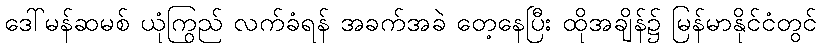
ဒေါ်မန်ဆမစ် ယုံကြည် လက်ခံရန် အခက်အခဲ တွေ့နေပြီး ထိုအချိန်၌ မြန်မာနိုင်ငံတွင်